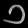
Digit: ၁